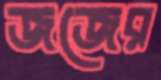
জজের